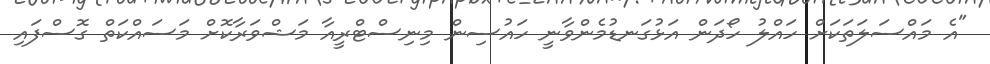
"އެ މައްސަލަތަކަށް ހައްލު ހޯދަން އަޅުގަނޑުމެންވާނީ ހައުސިން މިނިސްޓްރީއާ މަޝްވަރާކޮށް މަސައްކަތް ގޮސްފައި